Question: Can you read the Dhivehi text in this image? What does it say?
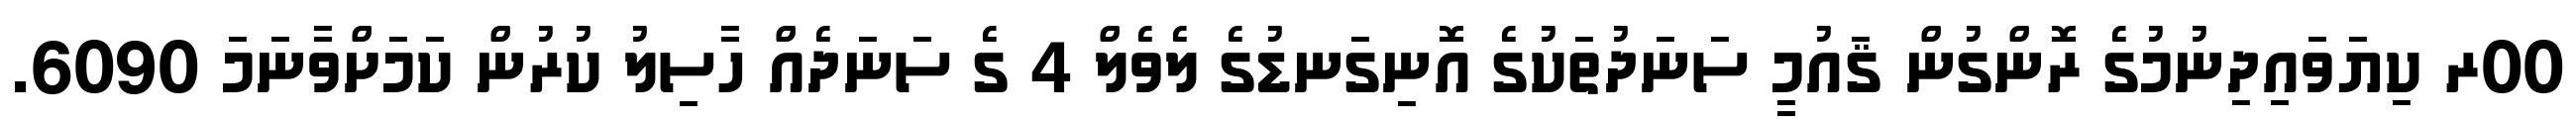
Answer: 00ރ ކިޔަވައިދިނުމުގެ ރޮންގުން ޤައުމީ ސަނަދުތަކުގެ އޮނިގަނޑުގެ ލެވެލް 4 ގެ ސަނަދެއް ހާސިލު ކުރުން ކަމަށްވާނަމަ 6090.